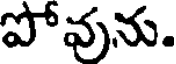
పోవును.